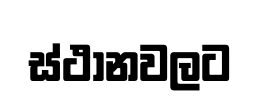
ස්ථානවලට